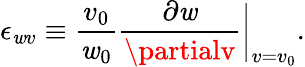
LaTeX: \epsilon_{\mathit{w}v}\equiv\frac{{v_{0}}}{{\mathit{w}_{0}}}\frac{{\partial\mathit{w}}}{{\partialv}}\bigg|_{v=v_{0}}.